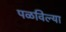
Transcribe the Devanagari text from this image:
पळविल्या